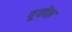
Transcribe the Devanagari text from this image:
पूयोल